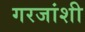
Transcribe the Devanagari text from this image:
गरजांशी